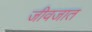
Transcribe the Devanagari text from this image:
जीवजात